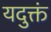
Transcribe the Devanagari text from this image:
यदुक्तं